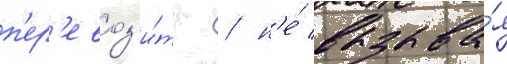
п'ер'евоз'и́ть / н'е́ вызыва́я